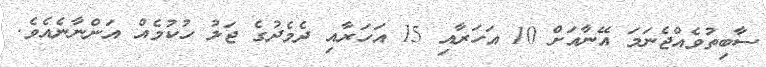
ސާބިތުވެއްޖެނަމަ އޭނާއަށް 10 އަހަރާއި 15 އަހަރާއި ދެމެދުގެ ޖަލު ހުކުމެއް އަންނާނެއެވެ.